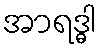
အာရဒ္ဓါ